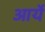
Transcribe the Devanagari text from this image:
आर्ये